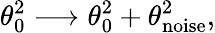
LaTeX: \theta_{0}^{2}\longrightarrow\theta_{0}^{2}+\theta_{\textrm{noise}}^{2},